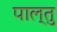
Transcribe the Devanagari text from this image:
पाल्तु